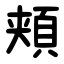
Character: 頬